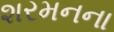
શરમનના